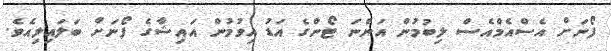
ފޯނަށް އެސްއެމްއެސް ލިބުމުން އަންނަ ޓޯންގެ އަޑު އިވުމުން އައިޝާގެ ފޯނަށް ބަލައިލިއެވެ.